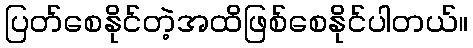
ပြတ်စေနိုင်တဲ့အထိဖြစ်စေနိုင်ပါတယ်။